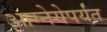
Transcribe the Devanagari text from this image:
आग्नेयेपर्यंत